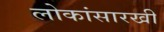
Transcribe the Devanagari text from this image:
लोकांसारखी